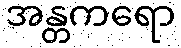
အန္တကရော